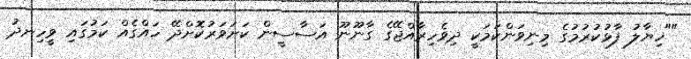
""ހިޔާލު ފާޅުކުރުމުގެ މިނިވަންކަމަކީ ދިވެހިރާއްޖޭގެ ގާނޫނޫ އަސާސީން ކަށަވަރުކޮށްދޭ ހައްގެއް ކަމުގައި ވީހިނދު